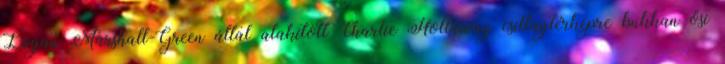
Logan Marshall-Green által alakított Charlie Holloway csillagtérképre bukkan ősi